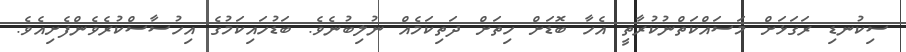
ސިކުނޑި ރަގަޅަށް މަސައްކަތްނުކުރާތީ އެހާ ބޮޑަށް ހިތަށް ދަތިކަމެއް ނުލިބުނެވެ. ބަޑުހައިކަމުގެ އިހުސާސްކުރެވެންފެށިއެވެ.